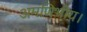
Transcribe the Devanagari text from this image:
अमणिभीय।